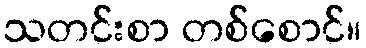
သတင်းစာ တစ်စောင်။